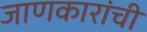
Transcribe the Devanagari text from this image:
जाणकारांची